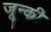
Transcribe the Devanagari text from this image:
जून्की